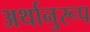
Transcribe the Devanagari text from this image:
अर्थानुरूप